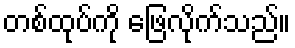
တစ်ထုပ်ကို ဖြေလိုက်သည်။